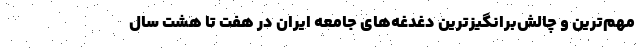
مهم‌ترین و چالش‌برانگیزترین دغدغه‌های جامعه ایران در هفت تا هشت سال